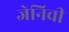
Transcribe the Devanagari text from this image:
जेनिची